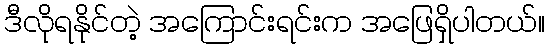
ဒီလိုရနိုင်တဲ့ အကြောင်းရင်းက အဖြေရှိပါတယ်။